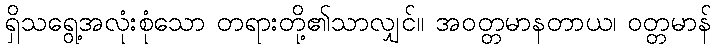
ရှိသရွေ့အလုံးစုံသော တရားတို့၏သာလျှင်။ အဝတ္တမာနတာယ၊ ဝတ္တမာန်